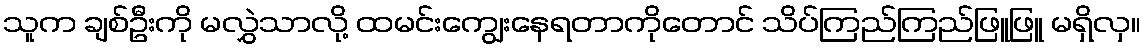
သူက ချစ်ဦးကို မလွှဲသာလို့ ထမင်းကျွေးနေရတာကိုတောင် သိပ်ကြည်ကြည်ဖြူဖြူ မရှိလှ။